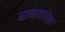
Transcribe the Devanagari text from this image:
मामाबरोबर